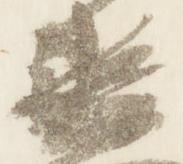
衛